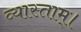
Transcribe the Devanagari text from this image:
व्यास्ताम्।